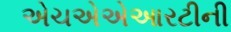
એચએએઆરટીની